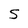
Character: S